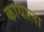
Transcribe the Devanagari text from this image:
कायाला